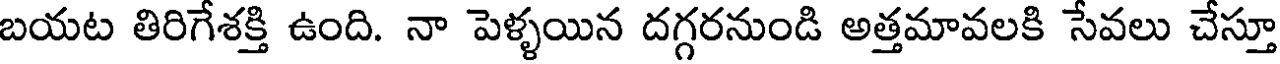
బయట తిరిగేశక్తి ఉంది. నా పెళ్ళయిన దగ్గరనుండి అత్తమావలకి సేవలు చేస్తూ